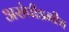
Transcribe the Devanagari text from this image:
असंपीडनीय